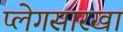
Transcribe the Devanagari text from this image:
प्लेगसारखा